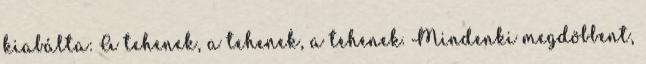
kiabálta: A tehenek, a tehenek, a tehenek. Mindenki megdöbbent,